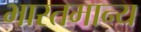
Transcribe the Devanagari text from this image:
भारतमान्य